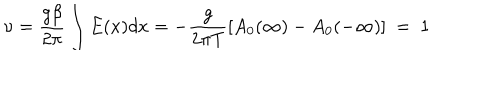
\nu = \frac { g \beta } { 2 \pi } \int E ( x ) d x = - \frac { g } { 2 \pi T } [ A _ { 0 } ( \infty ) - A _ { 0 } ( - \infty ) ] \ = ~ 1